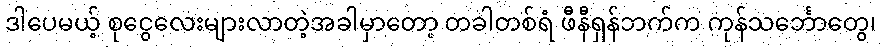
ဒါပေမယ့် စုငွေလေးများလာတဲ့အခါမှာတော့ တခါတစ်ရံ ဖီနီရှန်ဘက်က ကုန်သင်္ဘောတွေ၊